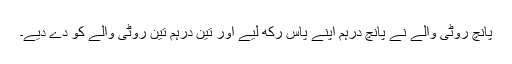
پانچ روٹی والے نے پانچ درہم اپنے پاس رکھ لیے اور تین درہم تین روٹی والے کو دے دیے۔